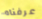
عرفناه